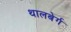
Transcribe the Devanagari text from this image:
थालबेर्ग